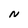
Character: N